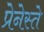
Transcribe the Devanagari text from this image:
प्रेनेस्ते